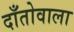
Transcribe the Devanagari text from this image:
दाँतोवाला